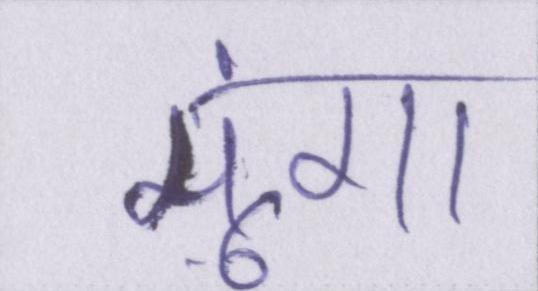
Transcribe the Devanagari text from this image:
मूंगा